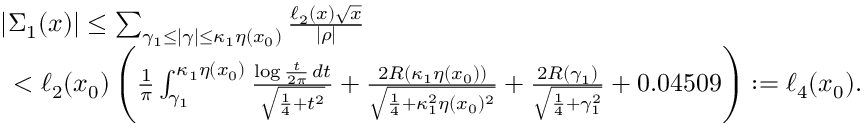
\begin{array} { r l } & { | \Sigma _ { 1 } ( x ) | \leq \sum _ { \gamma _ { 1 } \leq | \gamma | \leq \kappa _ { 1 } \eta ( x _ { 0 } ) } \frac { \ell _ { 2 } ( x ) \sqrt { x } } { | \rho | } } \\ & { \, \, \, < \ell _ { 2 } ( x _ { 0 } ) \left( \frac { 1 } { \pi } \int _ { \gamma _ { 1 } } ^ { \kappa _ { 1 } \eta ( x _ { 0 } ) } \frac { \log { \frac { t } { 2 \pi } } \, d t } { \sqrt { \frac { 1 } { 4 } + t ^ { 2 } } } + \frac { 2 R ( \kappa _ { 1 } \eta ( x _ { 0 } ) ) } { \sqrt { \frac { 1 } { 4 } + \kappa _ { 1 } ^ { 2 } \eta ( x _ { 0 } ) ^ { 2 } } } + \frac { 2 R ( \gamma _ { 1 } ) } { \sqrt { \frac { 1 } { 4 } + \gamma _ { 1 } ^ { 2 } } } + 0 . 0 4 5 0 9 \right) : = \ell _ { 4 } ( x _ { 0 } ) . } \end{array}